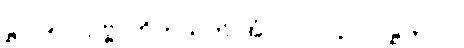
ဋ္ဌ-၁၉၀။ ဥဗ္ဗာဟိကသုတ်-အံ-၁၁-ပါ-၃၁၂၊ ဋ္ဌ-၃၁၀၊